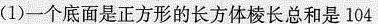
(1)一个底面是正方形的长方体棱长总和是104厘米，高是12